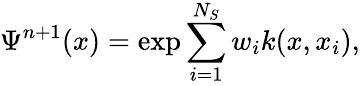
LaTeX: \Psi^{n+1}(x)=\exp{\sum_{i=1}^{N_{S}}w_{i}k(x,x_{i})},